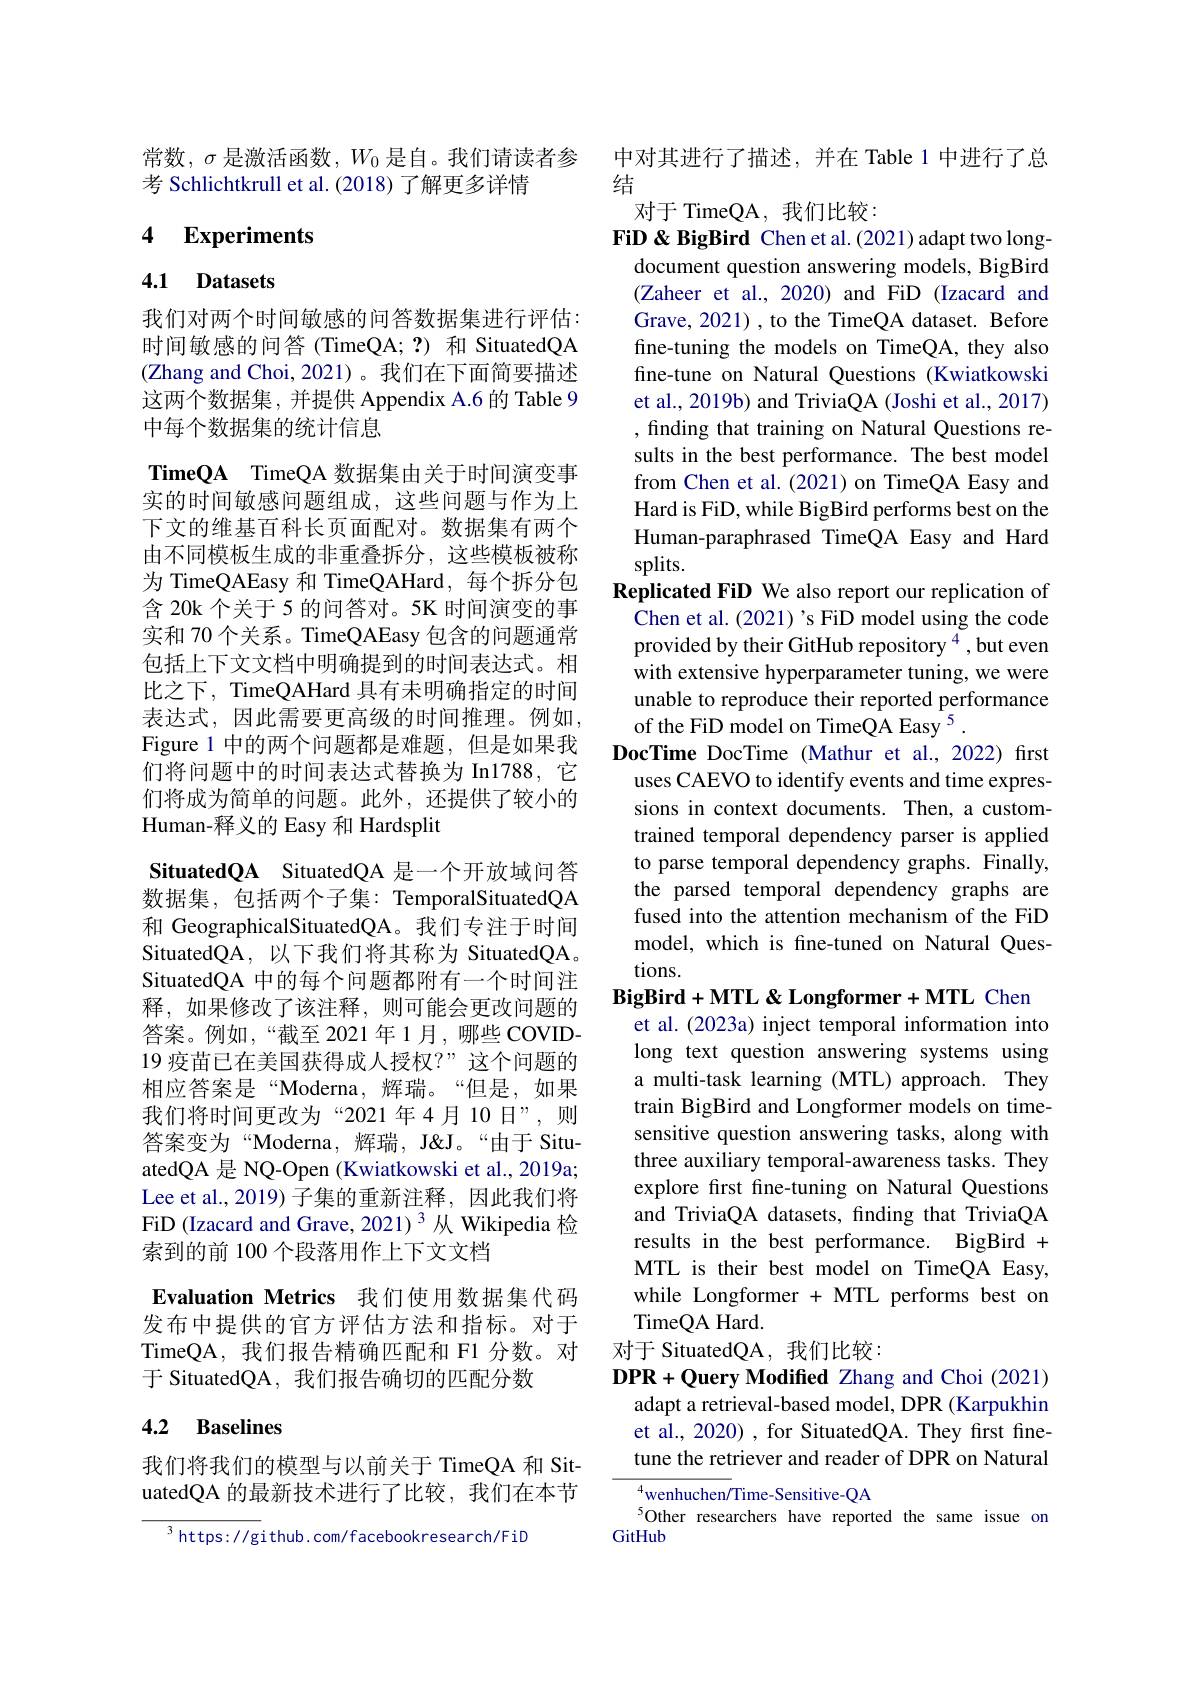
常数，$\sigma$是激活函数，$W_0$是自。我们请读者参
考 Schlichtkrull et al.(2018)了解更多详情

## 4 Experiments

# 4.1 Datasets

我们对两个时间敏感的问答数据集进行评估： 时间敏感的问答(TimeQA; ?) 和 SituatedQA (Zhang and Choi, 2021)。我们在下面简要描述这两个数据集，并提供 Appendix A.6 的 Table 9中每个数据集的统计信息

TimeQA TimeQA 数据集由关于时间演变事实的时间敏感问题组成，这些问题与作为上下文的维基百科长页面配对。数据集有两个由不同模板生成的非重叠拆分，这些模板被称为 TimeQAEasy 和 TimeQAHard, 每个拆分包含 20k 个关于 5 的问答对。5K 时间演变的事实和 70 个关系。TimeQAEasy 包含的问题通常包括上下文文档中明确提到的时间表达式。相比之下，TimeQAHard 具有未明确指定的时间表达式，因此需要更高级的时间推理。例如， Figure 1 中的两个问题都是难题，但是如果我们将问题中的时间表达式替换为 In1788, 它们将成为简单的问题。此外，还提供了较小的Human-释义的 Easy 和 Hardsplit
SituatedQA SituatedQA 是一个开放域问答数据集，包括两个子集：TemporalSituatedQA 和 GeographicalSituatedQA。我们专注于时间SituatedQA, 以下我们将其称为 SituatedQA。SituatedQA 中的每个问题都附有一个时间注释，如果修改了该注释，则可能会更改问题的答案。例如，“截至 2021 年 1月，哪些 COVID- 19 疫苗已在美国获得成人授权？”这个问题的相应答案是“Moderna, 辉瑞。“但是，如果我们将时间更改为“2021年4月10日”,则答案变为“Moderna, 辉瑞，J''由于 SituatedQA 是 NQ-Open (Kwiatkowski et al., 2019a; Lee et al.,2019) 子集的重新注释，因此我们将FiD (Izacard and Grave, 2021)$^{3}$从 Wikipedia 检索到的前 100 个段落用作上下文文档
Evaluation Metrics 我们使用数据集代码发布中提供的官方评估方法和指标。对于TimeQA,我们报告精确匹配和 F1 分数。对于 SituatedQA, 我们报告确切的匹配分数

### 4.2 Baselines

我们将我们的模型与以前关于 TimeQA 和 SituatedQA 的最新技术进行了比较，我们在本节

$^{3}$https: //github. com/facebookresearch/FiD

中对其进行了描述，并在 Table 1 中进行了总
结
对于 TimeQA, 我们比较：

FiD & BigBird Chen et al.(2021) adapt two long-
document question answering models, BigBird (Zaheer et al., 2020) and FiD (Izacard and Grave, 2021) , to the TimeQA dataset. Before fine-tuning the models on TimeQA, they also fine-tune on Natural Questions (Kwiatkowski et al., 2019b) and TriviaQA (Joshi et al., 2017) , finding that training on Natural Questions results in the best performance. The best model from Chen et al.(2021) on TimeQA Easy and Hard is FiD, while BigBird performs best on the Human-paraphrased TimeQA Easy and Hard splits.
Replicated FiD We also report our replication of
Chen et al. (2021) 's FiD model using the code provided by their GitHub repository $^{4}$,but even with extensive hyperparameter tuning, we were unable to reproduce their reported performance of the FiD model on TimeQA Easy $^{5}.$
DocTime DocTime (Mathur et al.,2022) first uses CAEVO to identify events and time expressions in context documents. Then, a customtrained temporal dependency parser is applied to parse temporal dependency graphs. Finally, the parsed temporal dependency graphs are fused into the attention mechanism of the FiD model, which is fne-tuned on Natural Questions.
BigBird+ MTL $\&$ Longformer+ MTL Chen
et al. (2023a) inject temporal information into long text question answering systems using a multi-task learning (MTL) approach. They train BigBird and Longformer models on timesensitive question answering tasks, along with three auxiliary temporal-awareness tasks. They explore frst fine-tuning on Natural Questions and TriviaQA datasets, finding that TriviaQA results in the best performance. BigBird + MTL is their best model on TimeQA Easy, while Longformer + MTL performs best on TimeQA Hard.
对于 SituatedQA,我们比较：
DPR+ Query Modified Zhang and Choi ( 2021) adapt a retrieval-based model, DPR (Karpukhin et al., 2020) , for SituatedQA. They first finetune the retriever and reader of DPR on Natural ${^{4}\mathrm{wenhuchen/Time-Sensitive-QA}}$
$^{5}$Other researchers have reported the same issue on
GitHub